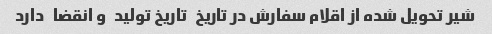
شیر تحویل شده از اقلام سفارش در تاریخ   تاریخ تولید   و انقضا   دارد